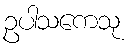
ဥပါသကေသု